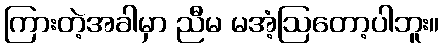
ကြားတဲ့အခါမှာ ညီမ မအံ့ဩတော့ပါဘူး။